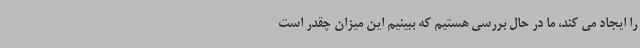
را ایجاد می کند، ما در حال بررسی هستیم که ببینیم این میزان چقدر است